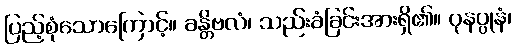
ပြည့်စုံသောကြောင့်။ ခန္တိဗလံ၊ သည်းခံခြင်းအားရှိ၏။ ပုနပ္ပုနံ၊